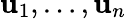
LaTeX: \mathbf{u}_{1},\ldots,\mathbf{u}_{n}